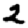
Digit: 2